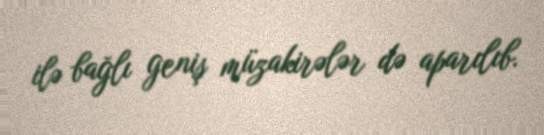
ilə bağlı geniş müzakirələr də aparılıb.